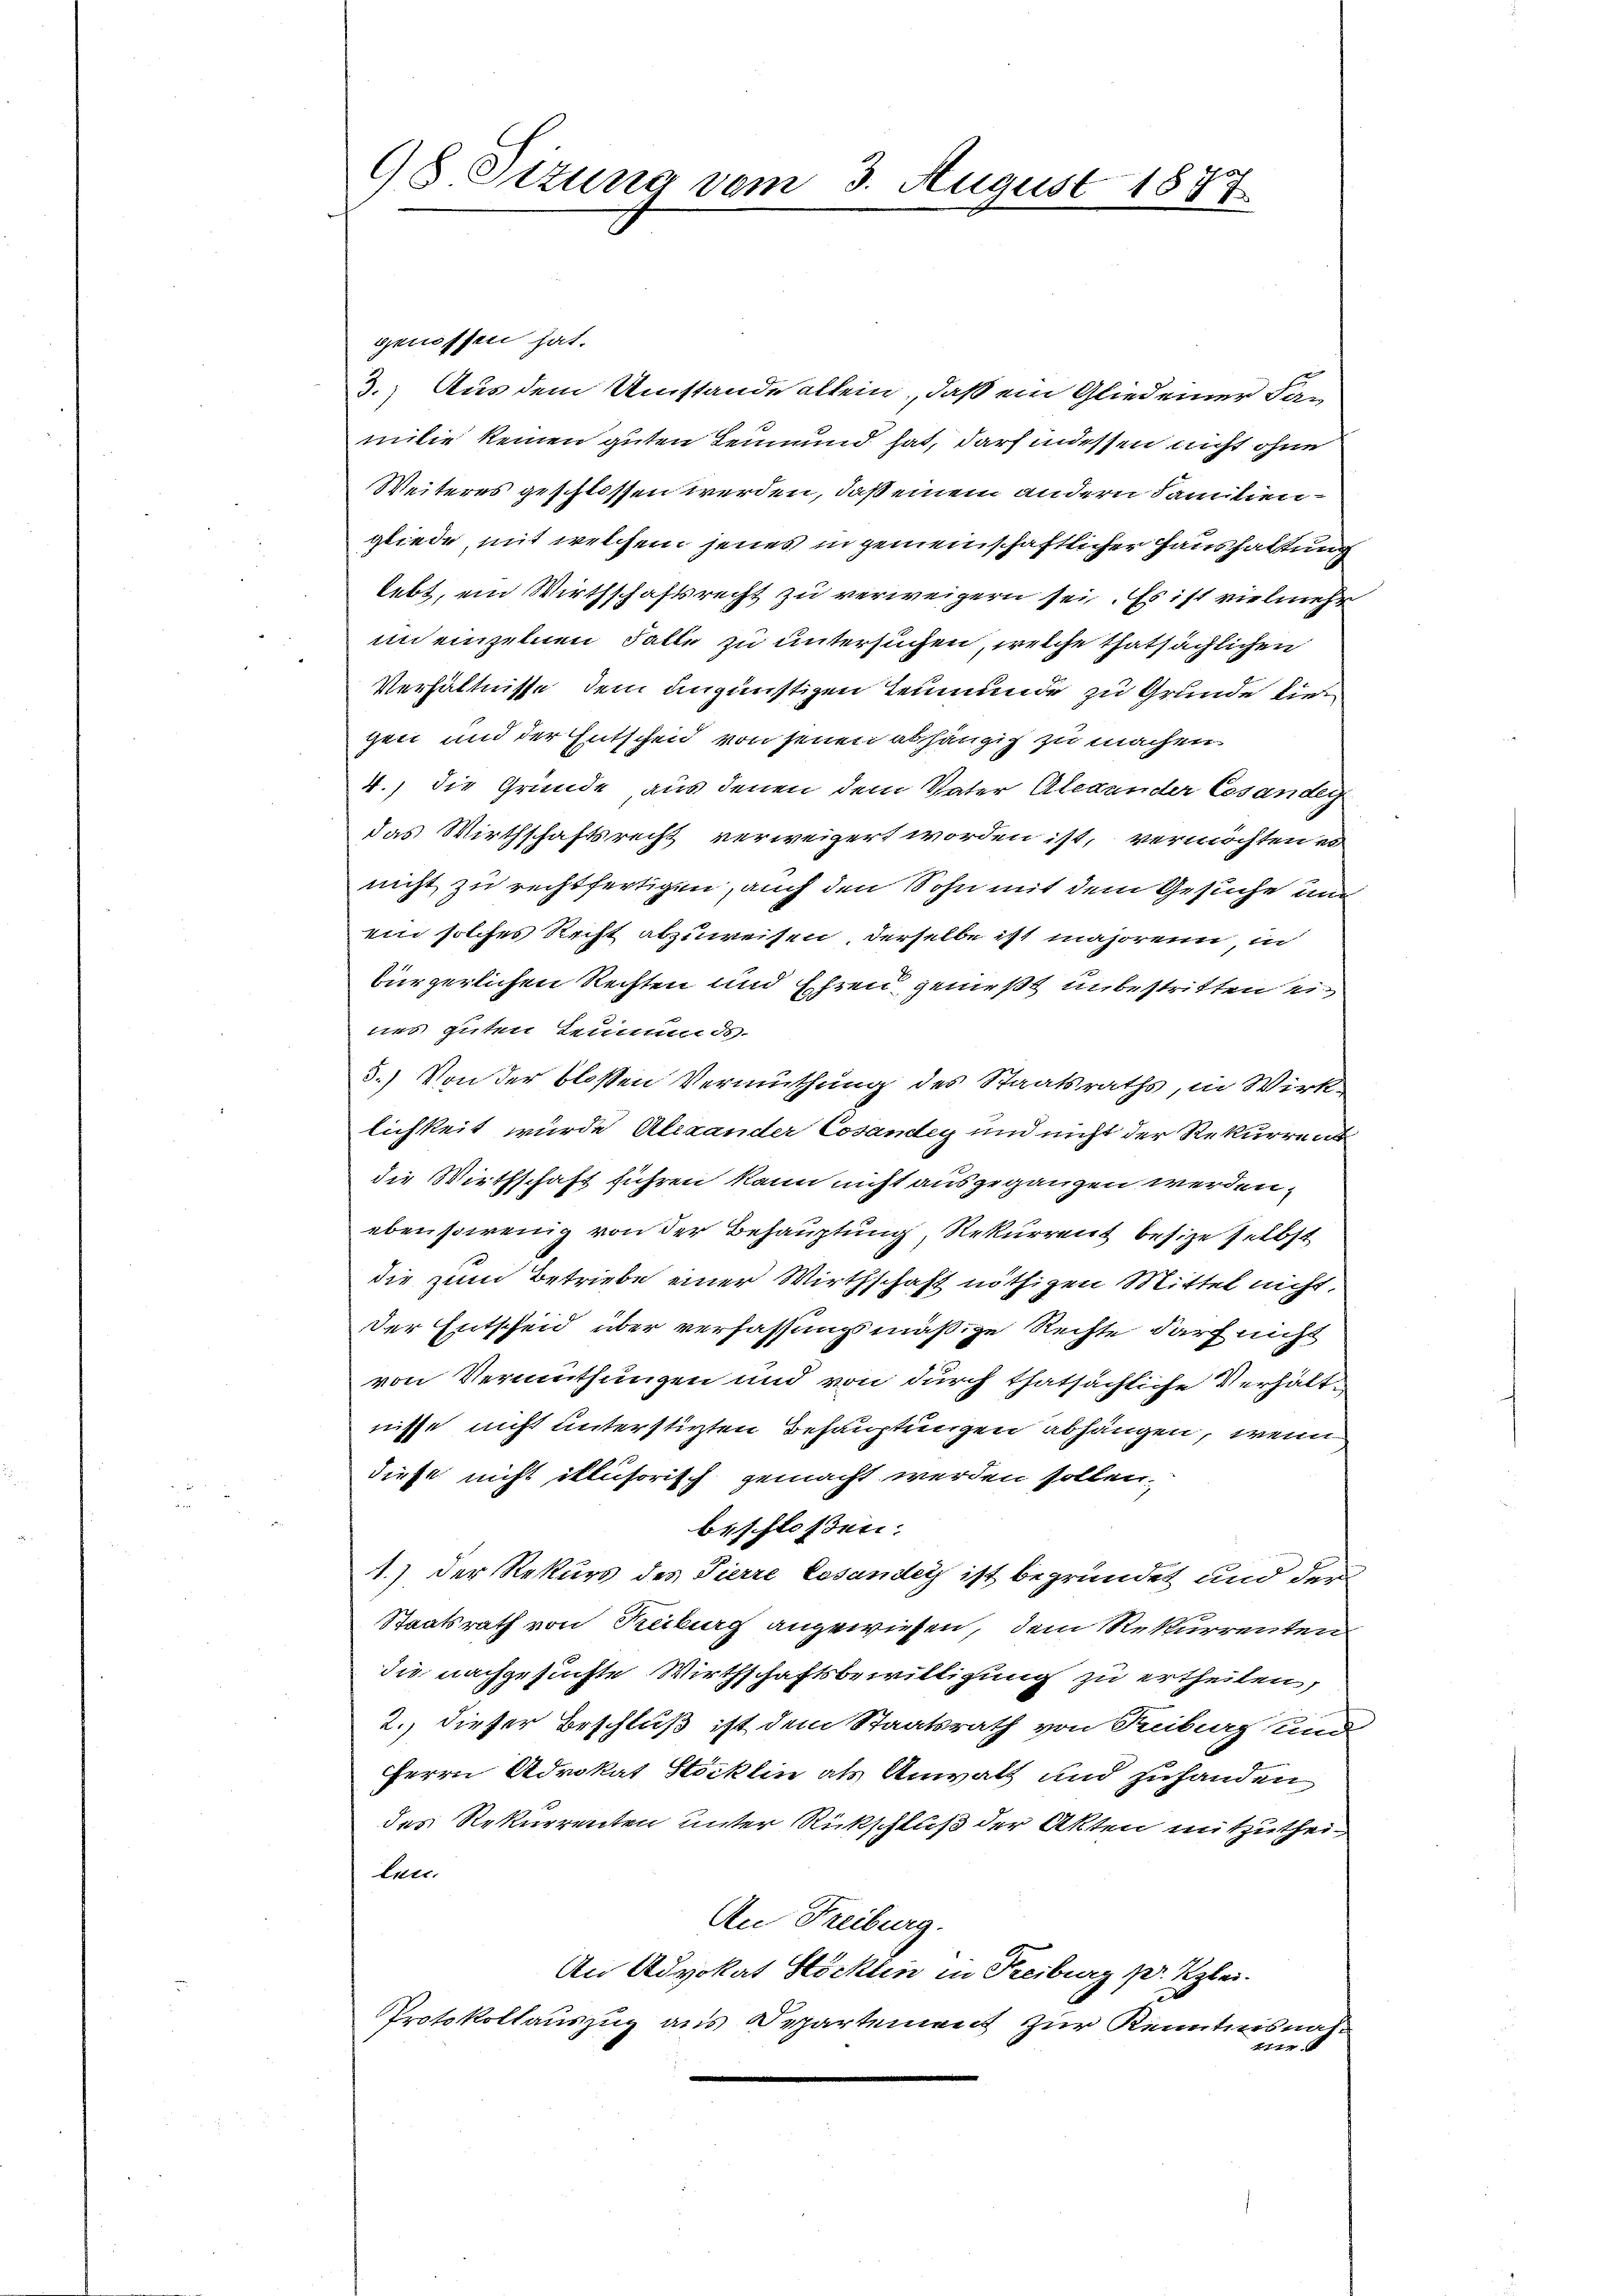
genossen hat.
3.) Aus dem Umstände allein, daß ein Glied einer Familie keinen guten Leumund hat, darf indessen nicht ohne
Weiteres geschlossen werden, daß einem andern Familiengliede, mit welchem jenes in gemeinschaftlicher Haushaltung
lebt, ein Wirthschaftsrecht zu verweigern sei. Es ist vielmehr
in einzelnen Falle zu untersuchen, welche thatsächlichen
Verhältnisse, dem ungünstigen Teumunde zu Grunde die
gen und der Entschen von jenen abhängig zu machen.
4.) Die Gründe, aus denen dem Vater Alexander Cesanden
das Wirthschaftsrecht verweigert worden ist, vermöchten es
nicht zu rechtfertigen, auch den Sohn mit dem Gesuche und
ein solches Recht abzuweisen, derselbe ist mahrrein in
bürgerlichen Rechten und Ehren genießt unbestritten eines guten Leumunds-
5.) Von der bloßen Vermuthung des Staatsraths, in Wirk
lichkeit wurde Alexander Cosanden und nicht der Rekurrent
die Wirthschaft führen kann nicht ausgegangen werden.
ebensowenig von der Behauptung, Rekurrenz besize selbst
die zum Betriebe einer Wirthschaft nöthigen Mittel nicht,
Der Entscheid über verfassungsmäßige Rechte darf nich
von Vermuthungen und von durch thatsächliche Verhältnisse nicht unterstirten Behauptungen abhängen, wenn
diese nicht illusorisch gemacht werden sollen.
beschlossen:
1.) Der Rekurs des Pierre Losander ist begründet und der
Staatsrath von Reiburg angewiesen, dem Rekurrenten
die nachgesuchte Wirthschaftsbewilligung zu ertheilen,
2.) dieser Beschluß ist dem Staatsrath von Reiburg und
Herrn Advokat Stöcklin als Anwalt und zuhanden
des Rekurrenten unter Rückschluß der Akten mitzutheilen.
An Freiburg.
An Advokat Stöckten in Freiburg pr. Klei
Protokollauszug aus Departement zur Kenntnisnah¬
1

98 Situng vom 3. August 1877